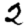
Digit: 2